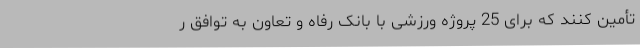
تأمین کنند که برای 25 پروژه ورزشی با بانک رفاه و تعاون به توافق ر